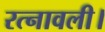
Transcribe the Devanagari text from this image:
रत्नावली।